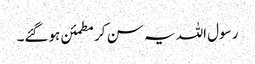
رسول اللہ یہ سن کر مطمئن ہوگئے۔